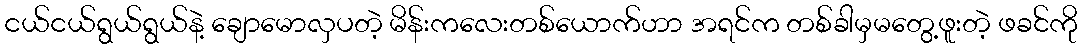
ငယ်ငယ်ရွယ်ရွယ်နဲ့ ချောမောလှပတဲ့ မိန်းကလေးတစ်ယောက်ဟာ အရင်က တစ်ခါမှမတွေ့ဖူးတဲ့ ဖခင်ကို